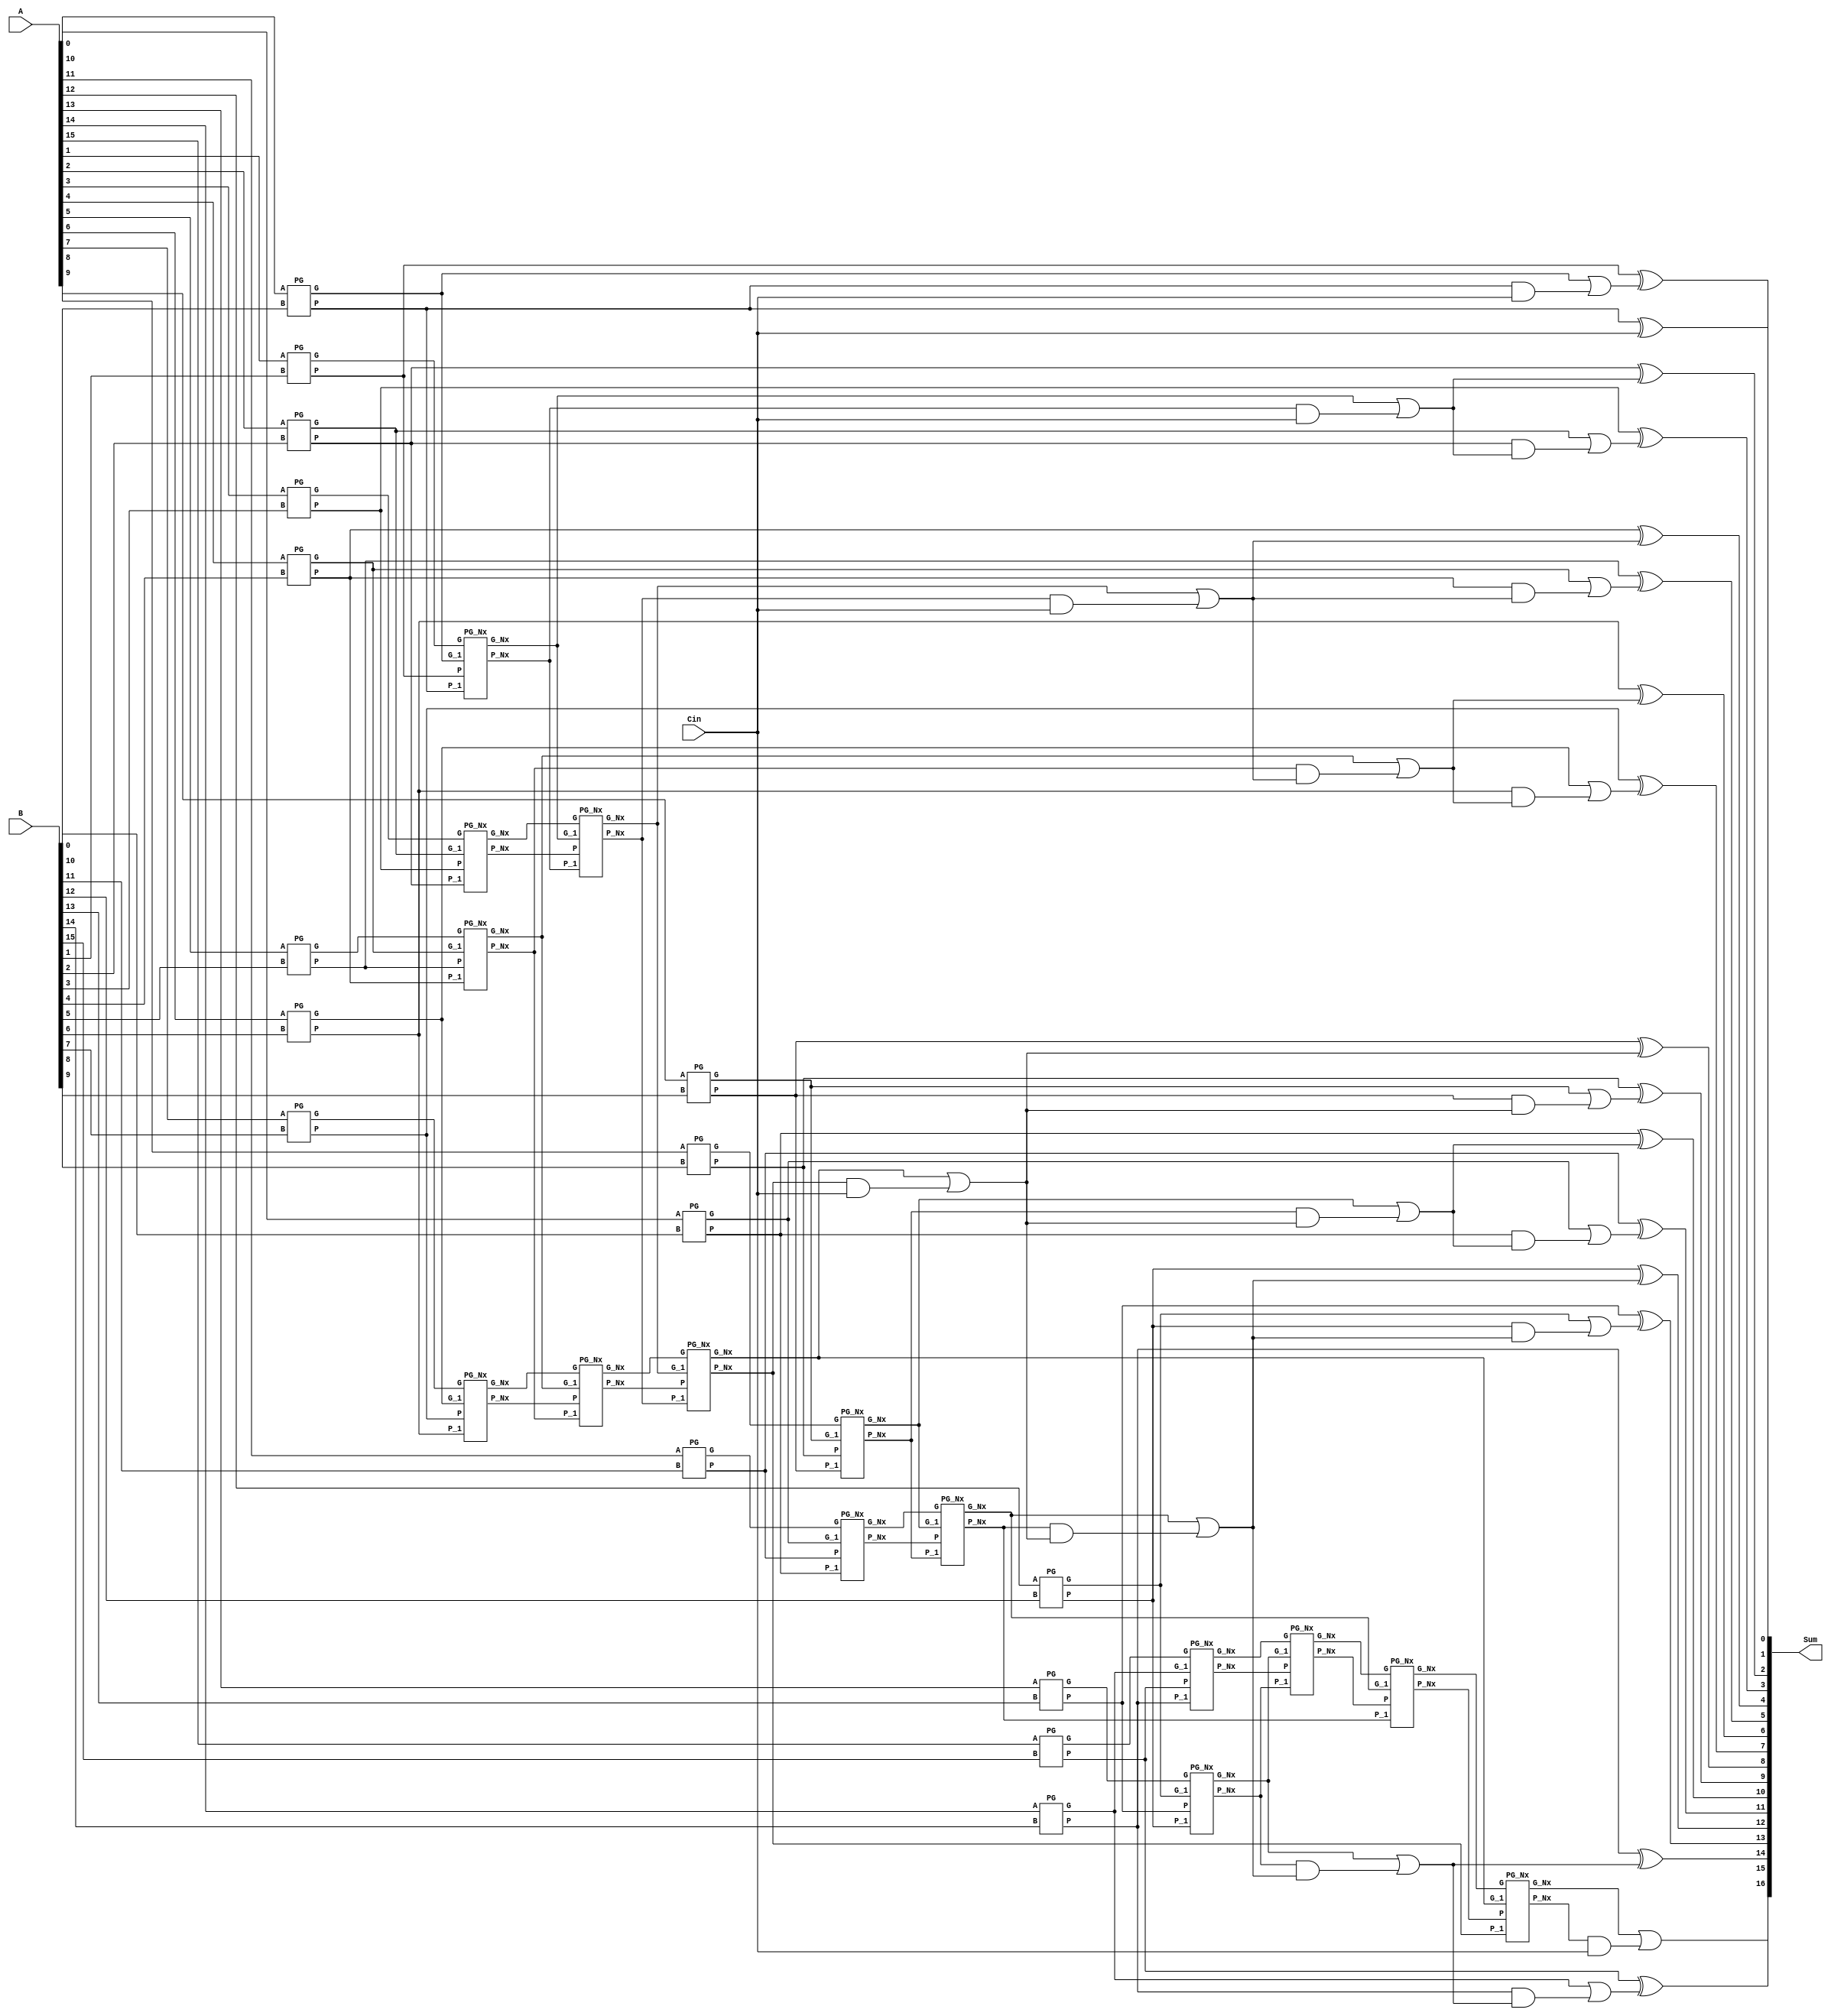
// 16-bit Brent Kung

module Brent (A,B,Cin,Sum);

parameter N = 16;

input [N-1:0] A, B;
input Cin;

output [N:0] Sum;

//output [N-1] Sum;
//output Cout;

wire  P[5:1][N-1:0];  // [no of stages]  [no of bits]
wire	G[5:1][N-1:0];

wire	[N:0] C;
wire	[N-1:0] S;



// Stage 1

genvar i;

generate
	for(i=0; i<N; i=i+1) begin : stage1
		PG I1 (A[i], B[i], P[1][i],G[1][i]);
	end
endgenerate


//PG I0 (A[0], B[0], P[1][0],G[1][0]);
//PG I1 (A[1], B[1], P[1][1],G[1][1]);
//PG I2 (A[2], B[2], P[1][2],G[1][2]);
//PG I3 (A[3], B[3], P[1][3],G[1][3]);



// Stage 2

genvar j;

generate
	for(j=0; j<(N/2); j=j+1) begin : stage2
		PG_Nx I2 (G[1][2*j+1], P[1][2*j+1], G[1][2*j], P[1][2*j], G[2][j], P[2][j]);
	end
endgenerate


//PG_Nx I4 (G[1][1], P[1][1], G[1][0], P[1][0], G[2][0], P[2][0]);
//PG_Nx I5 (G[1][3], P[1][3], G[1][2], P[1][2], G[2][1], P[2][1]);


// Stage 3

genvar k;

generate
	for(k=0; k<(N/4); k=k+1) begin : stage3
		PG_Nx I3 (G[2][2*k+1], P[2][2*k+1], G[2][2*k], P[2][2*k], G[3][k], P[3][k]);
	end
endgenerate


//PG_Nx I6 (G[2][1], P[2][1], G[2][0], P[2][0], G[3][0], P[3][0]);



// Stage 4

genvar l;

generate
	for(l=0; l<(N/8); l=l+1) begin : stage4
		PG_Nx I4 (G[3][2*l+1], P[3][2*l+1], G[3][2*l], P[3][2*l], G[4][l], P[4][l]);
	end
endgenerate



// Stage 5

genvar m;

generate
	for(m=0; m<(N/16); m=m+1) begin : stage5
		PG_Nx I5 (G[4][2*m+1], P[4][2*m+1], G[4][2*m], P[4][2*m], G[5][m], P[5][m]);
	end
endgenerate
//
//
//
//// Stage 6
//
//PG_Nx I6 (G[5][1], P[5][1], G[5][0], P[5][0], G[6][0], P[6][0]);


// Carry Calculation

assign C[0]  = Cin;

// From the last block of every stage
assign C[1]  = G[1][0] | (P[1][0] & C[0]);
assign C[2]  = G[2][0] | (P[2][0] & C[0]);
assign C[4]  = G[3][0] | (P[3][0] & C[0]);
assign C[8]  = G[4][0] | (P[4][0] & C[0]);
assign C[16] = G[5][0] | (P[5][0] & C[0]);

// From the above values and 1st Stage
assign C[ 3] = G[1][2]  | (P[1][2]  & C[2]);
assign C[ 5] = G[1][4]  | (P[1][4]  & C[4]);

// From Stage 2

assign C[ 6] = G[2][2] | (P[2][2] & C[4]);	// [Stage] [Block No. according to the diagram]



// Stage 3

assign C[ 7] = G[1][6] | (P[1][6] & C[6]);	// Doubt cleared (See diagram)

assign C[ 9] = G[1][8] | (P[1][8] & C[8]);
assign C[10] = G[2][4] | (P[2][4] & C[8]);
assign C[11] = G[1][10] | (P[1][10] & C[10]);
assign C[12] = G[3][2] | (P[3][2] & C[8]);
assign C[13] = G[1][12] | (P[1][12] & C[12]);
assign C[14] = G[2][6] | (P[2][6] & C[12]);	// Doubt in last C[?]  is it from the which last block value ???
assign C[15] = G[1][14] | (P[1][14] & C[14]);
// assign C[ 9] = G[1][8] | (P[1][8] & C[8]);
// assign C[ 9] = G[1][8] | (P[1][8] & C[8]);
// assign C[ 9] = G[1][8] | (P[1][8] & C[8]);
// assign C[ 9] = G[1][8] | (P[1][8] & C[8]);
// assign C[ 9] = G[1][8] | (P[1][8] & C[8]);
// assign C[ 9] = G[1][8] | (P[1][8] & C[8]);
// assign C[ 9] = G[1][8] | (P[1][8] & C[8]);
// assign C[ 9] = G[1][8] | (P[1][8] & C[8]);
// assign C[ 9] = G[1][8] | (P[1][8] & C[8]);



// Sum Calculation

//assign S[] = P[1][] ^ C[];



genvar n;

generate
	for(n=0; n<N; n=n+1) begin : sum
		assign S[n] = P[1][n] ^ C[n];
	end
endgenerate


assign Sum = {C[N],S};
//assign Cout = C[4];

endmodule




module PG_Nx (G, P, G_1, P_1, G_Nx, P_Nx);	// G_i, P_i, G_{i-1}, P_{i-1}, G_{i}{i-1}, P_{i}{i-1}
input G, P, G_1, P_1;
output reg G_Nx, P_Nx;

always @(*)
begin

	G_Nx = G | (P & G_1);
	P_Nx = P & P_1;
end

endmodule



module PG (A, B, P, G);
input A, B;
output reg P, G;

always @(*)
begin

	P = A ^ B;
	G = A & B;
end

endmodule